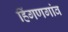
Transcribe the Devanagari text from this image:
हिंगणगांव